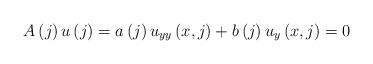
LaTeX: \begin{align*}A\left( j\right) u\left( j\right) =a\left( j\right) u_{yy}\left( x,j\right)+b\left( j\right) u_{y}\left( x,j\right) =0 \end{align*}